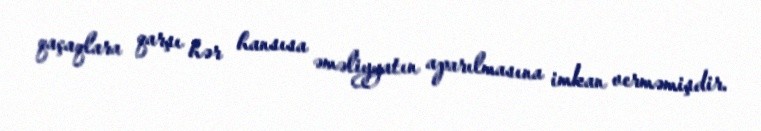
qaçaqlara qarşı hər hansısa əməliyyatın aparılmasına imkan verməmişdir.